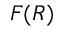
F ( R )